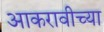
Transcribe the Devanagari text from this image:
आकरावीच्या